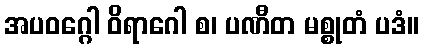
အပဝဂ္ဂေါ ဝိရာဂေါ စ၊ ပဏီတ မစ္စုတံ ပဒံ။